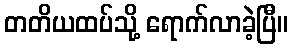
တတိယထပ်သို့ ရောက်လာခဲ့ပြီ။